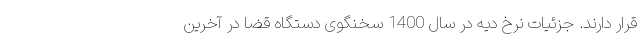
قرار دارند. جزئیات نرخ دیه در سال 1400 سخنگوی دستگاه قضا در آخرین